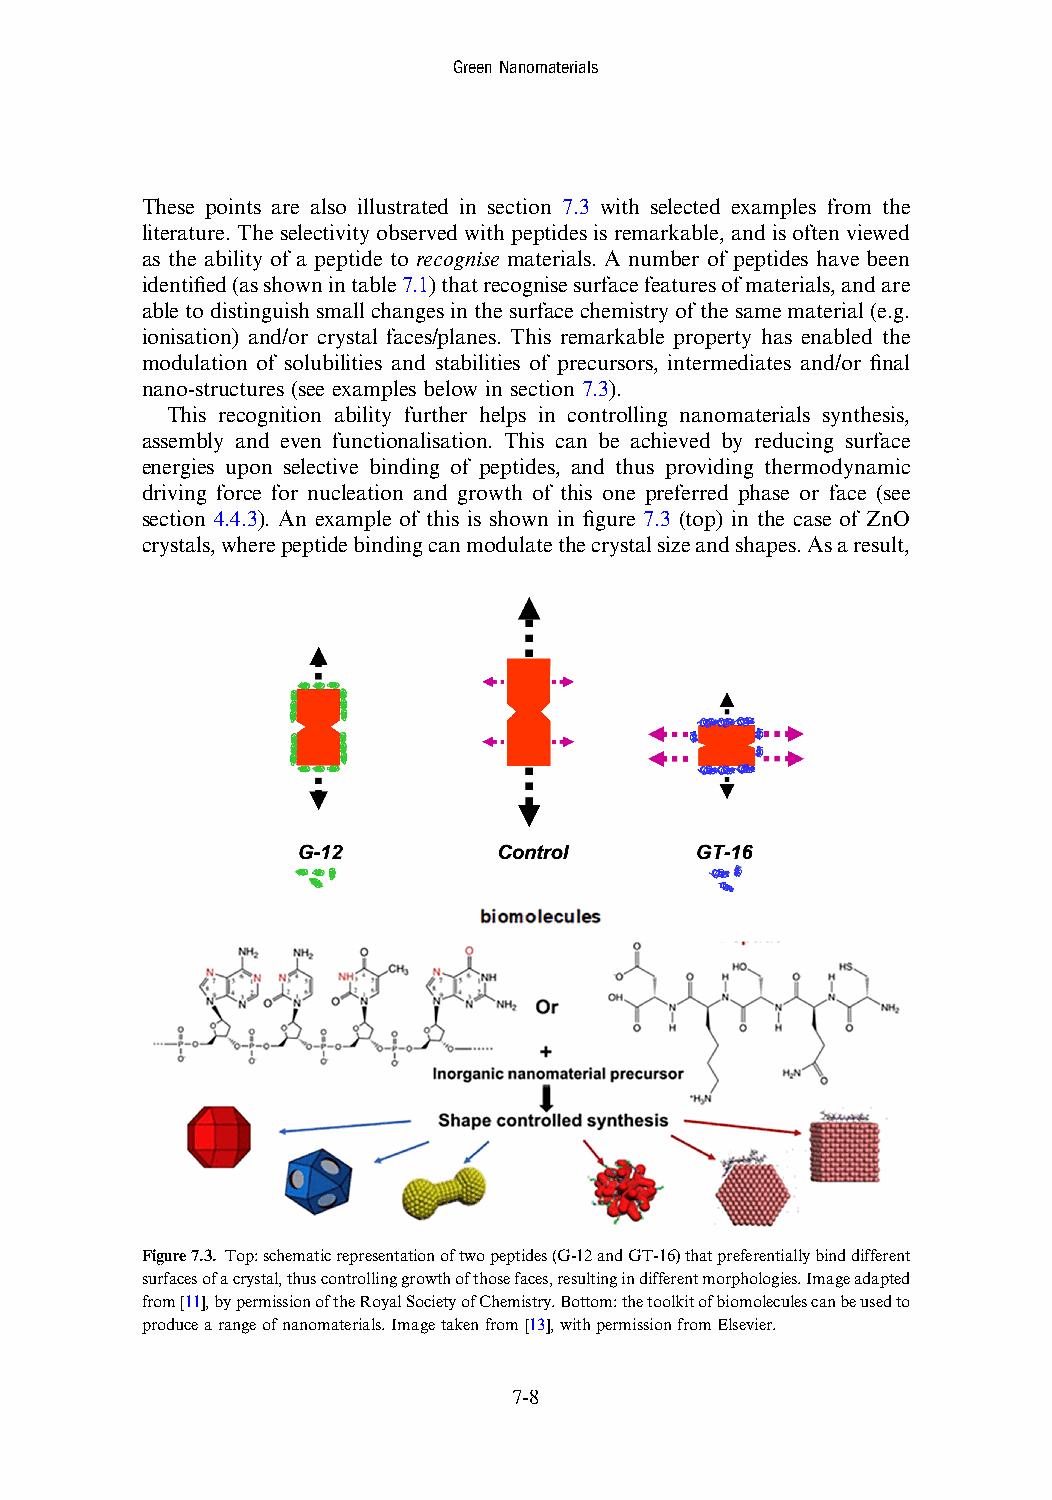
GreenNanomaterials
 These points are also illustrated in section 7.3 with selected examples from the
 literature. The selectivity observed with peptides is remarkable, and is often viewed
 as the ability of a peptide to recognise materials. A number of peptides have been
 identified(asshownintable7.1)thatrecognisesurfacefeaturesofmaterials,andare
 able todistinguish small changesin the surfacechemistryofthe same material (e.g.
 ionisation) and/or crystal faces/planes. This remarkable property has enabled the
 modulation of solubilities and stabilities of precursors, intermediates and/or final
 nano-structures (see examples below in section 7.3).
 This recognition ability further helps in controlling nanomaterials synthesis,
 assembly and even functionalisation. This can be achieved by reducing surface
 energies upon selective binding of peptides, and thus providing thermodynamic
 driving force for nucleation and growth of this one preferred phase or face (see
 section 4.4.3). An example of this is shown in figure 7.3 (top) in the case of ZnO
 crystals,wherepeptidebindingcanmodulatethecrystalsizeandshapes.Asaresult,
 Figure7.3. Top:schematicrepresentationoftwopeptides(G-12andGT-16)thatpreferentiallybinddifferent
 surfacesofacrystal,thuscontrollinggrowthofthosefaces,resultingindifferentmorphologies.Imageadapted
 from[11],bypermissionoftheRoyalSocietyofChemistry.Bottom:thetoolkitofbiomoleculescanbeusedto
 producearangeofnanomaterials.Imagetakenfrom[13],withpermissionfromElsevier.
 7-8